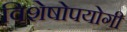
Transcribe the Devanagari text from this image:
विशेषोपयोगी